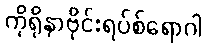
ကိုရိုနာဗိုင်းရပ်စ်ရောဂါ